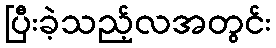
ပြီးခဲ့သည့်လအတွင်း